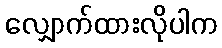
လျှောက်ထားလိုပါက